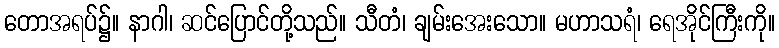
တောအရပ်၌။ နာဂါ၊ ဆင်ပြောင်တို့သည်။ သီတံ၊ ချမ်းအေးသော။ မဟာသရံ၊ ရေအိုင်ကြီးကို။